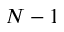
N - 1